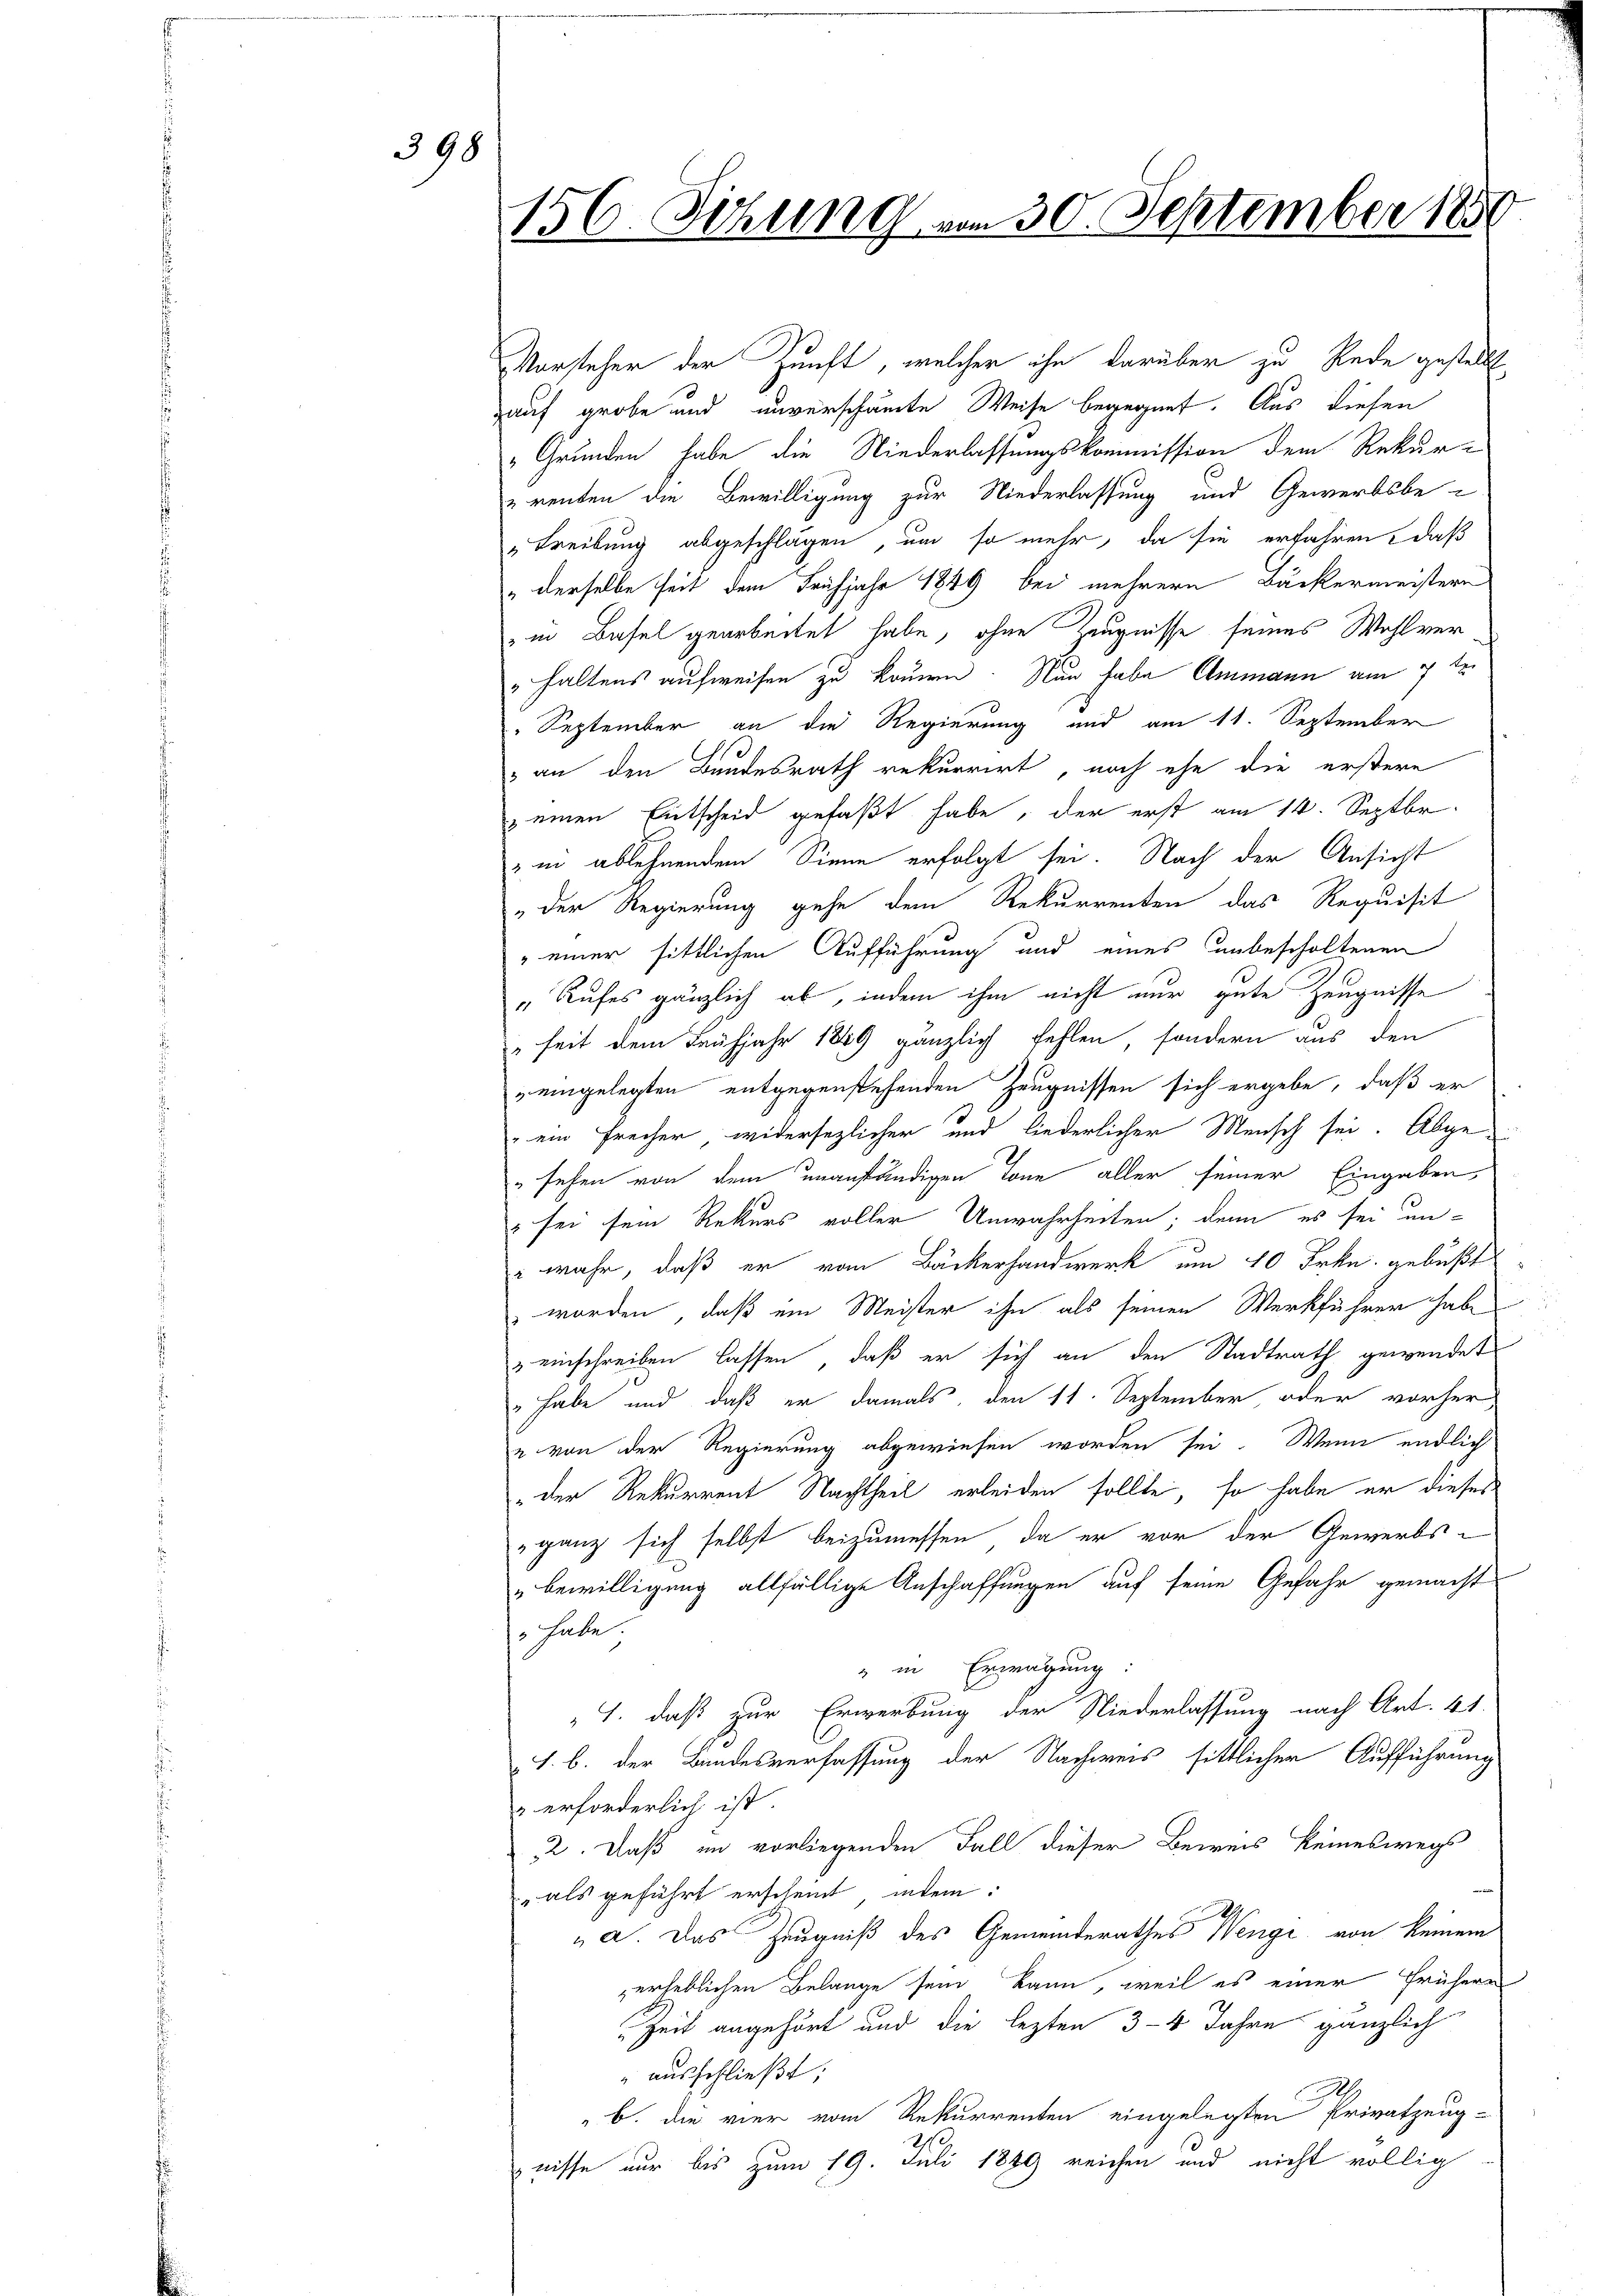
398

156. Sitzung vom 30. September 1851

Vorsteher der Zunft, welcher ihn darüber zu Rede gestellt
auf grobe und unverschämte Weise begegnet. Aus diesen
"Gründen habe die Niederlassungskommission dem Rekur-
„renten die Bewilligung zur Niederlassung und Gewerbsbe-
Treibung abgeschlagen, um so mehr, da sie erfahren, daß
" derselbe seit dem Frühjahr 1849 bei mehrern Backermeistern
in Basel gearbeitet habe, ohne Zeugnisse seines Wohlver
" haltens aufweisen zu kommen. Nun habe Ammann am 7ten
September an die Regierung und am 11. September
3 an den Bundesrath rekurrirt, noch ehe die erstere
 einen Entscheid gefaßt habe, der erst am 14. Septbr.
zin ablehnendem Sinne erfolgt sei. Nach der Ansicht
„der Regierung gehe dem Rekurrenten das Requisit
" einer sittlichen Aufführung und eines unbescholtenen
„Rufes gänzlich ab, indem ihm nicht nur gute Zeugnisse
" seit dem Frühjahr 1849 gänzlich fehlen, sondern aus den
eingelegten entgegenstehenden Zeugnissen sich ergebe, daß er
" ein Freiher, widersezlicher und liederlicher Mensch sei. Abge
" sehen von dem unanständigen Tone aller seiner Eingaben,
 sei sein Rekurs voller Unwahrheiten; denn es sei un¬
 wahr, daß er vom Bäckerhandwerk um 10 Frkn. gebußt
 worden, daß ein Meister ihn als seinen Werkführer habe
" einschreiben lassen, daß er sich an den Stadtrath gewendet
„habe und daß er damals, den 11. September oder vorher
u von der Regierung abgewiesen worden sei. Wenn endlich
der Rekurrent Nachtheil erleiden sollte, so habe er dieses
ganz sich selbst beizumessen, da er vor der Gewerbs-
"bewilligung allfällige Anschaffungen auf seine Gefahr gemacht
" habe.
" in Erwägung:
1. daß zur Erwerbung der Niederlassung nach Art. 41.
I. b. der Bandesverfassung der Nachweis sittlicher Aufführung
 erforderlich ist.
22. Daß im vorliegenden Fall dieser Beweis keineswegs
" als geführt erscheint, indem:
„a. Das Zeugniß des Gemeinderathes Wenge von keinem
erheblichen Belange sein kann, weil es einer frühern
Zeit angehört und die lezten 3-4 Jahre gänzlich
" ausschließt:
b. die vier vom Rekurrenten eingelegten Privatzeug-
nisse nur bis zum 19. Juli 1849 reichen und nicht völlig